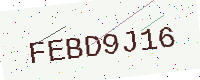
Text: FEBD9J16